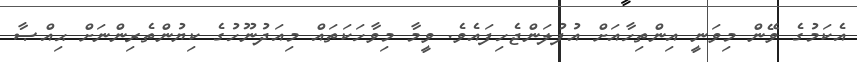
އެކަމުގެ ވޭން މިވަނީ އިންތިހާއަށް އުފުލަންޖެހިފައެވެ. ވީމާ މިވާހަކަތައް މިއަދުނޫހުގެ ކިޔުންތެރިންނަށް ޙިއްޞާ